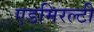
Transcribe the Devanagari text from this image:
एडमिरल्‍टी